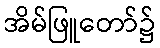
အိမ်ဖြူတော်၌